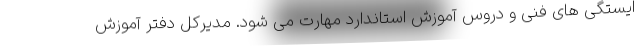
ایستگی های فنی و دروس آموزش استاندارد مهارت می شود. مدیرکل دفتر آموزش